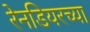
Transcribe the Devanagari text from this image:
रेनडियरच्या